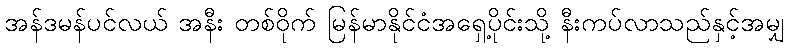
အန်ဒမန်ပင်လယ် အနီး တစ်ဝိုက် မြန်မာနိုင်ငံအရှေ့ပိုင်းသို့ နီးကပ်လာသည်နှင့်အမျှ